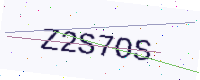
Text: Z2S7OS